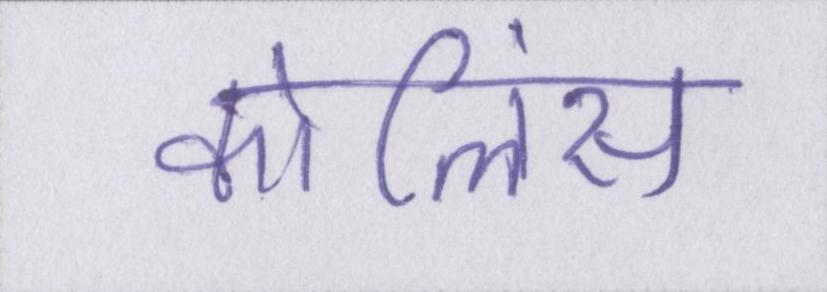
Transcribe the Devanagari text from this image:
कोलिंस